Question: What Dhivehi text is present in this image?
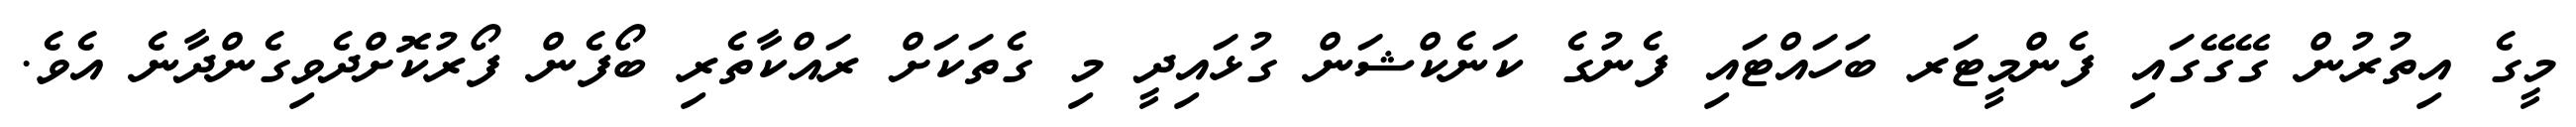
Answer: މީގެ އިތުރުން ގޭގޭގައި ފެންމީޓަރ ބަހައްޓައި ފެނުގެ ކަނެކްޝަން ގުޅައިދީ މި ގެތަކަށް ރައްކާތެރި ބޯފެން ފޯރުކޮށްދެވިގެންދާނެ އެވެ.